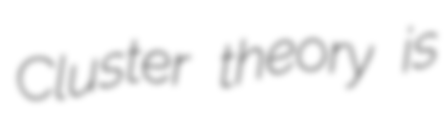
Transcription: Cluster theory is